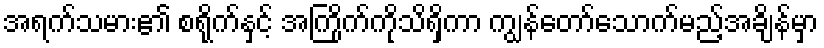
အရက်သမား၏ စရိုက်နှင့် အကြိုက်ကိုသိရှိကာ ကျွန်တော်သောက်မည့်အချိန်မှာ